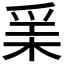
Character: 𱬻